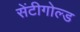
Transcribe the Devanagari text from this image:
सेंटीगोल्ड